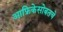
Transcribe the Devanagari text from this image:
आफ्रिकेसोबतचे